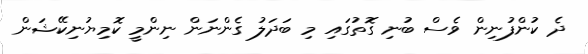
ދެ ކުންފުނިން ވެސް ބުނި ގޮތުގައި މި ބަދަލު ގެންނަން ނިންމީ ކޮމިޔުނިކޭޝަން